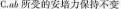
C.ab所受的安培力保持不变